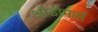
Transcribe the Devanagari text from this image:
ऑडीमार्स